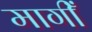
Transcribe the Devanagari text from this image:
मागीँ